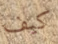
كيف